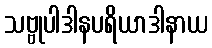
သဗ္ဗုပါဒါနပရိယာဒါနာယ